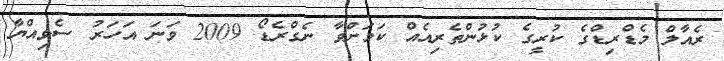
ރެއާލް މެޑްރިޑްގެ ކުރީގެ ކުޅުންތެރިއެއް ކަމަށްވާ ނެގްރެޑޯ 2009 ވަނަ އަހަރު ސެވިއްޔާ